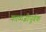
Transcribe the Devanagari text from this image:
काळ्जीपूर्वक